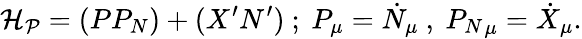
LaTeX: {\cal H_{P}}=(PP_{N})+(X^{\prime}N^{\prime})~;~P_{\mu}=\dot{N}_{\mu}~,~{P_{N}}_{\mu}=\dot{X}_{\mu}.